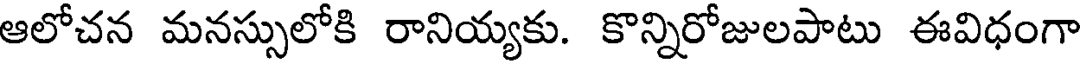
ఆలోచన మనస్సులోకి రానియ్యకు. కొన్నిరోజులపాటు ఈవిధంగా